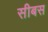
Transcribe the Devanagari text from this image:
सीबस